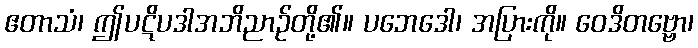
ဧတာသံ၊ ဤပဋိပဒါအဘိညာဉ်တို့၏။ ပဘေဒေါ၊ အပြားကို။ ဝေဒိတဗ္ဗော၊